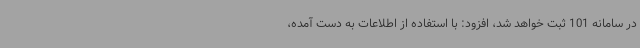
در سامانه 101 ثبت خواهد شد، افزود: با استفاده از اطلاعات به دست آمده،